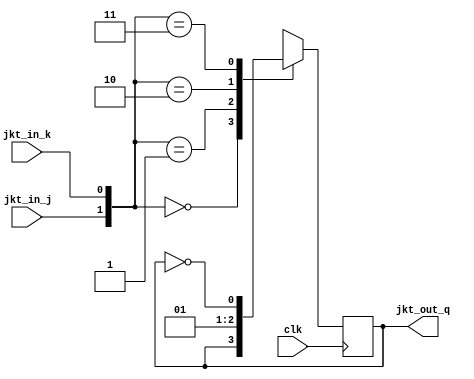
`timescale 1ns / 1ps
//////////////////////////////////////////////////////////////////////////////////
// Company: 
// Engineer: 
// 
// Design Name: 
// Module Name: JK_Trigger
// Project Name: 
// Target Devices: 
// Tool Versions: 
// Description: 
// 
// Dependencies: 
// 
// Revision:
// Revision 0.01 - File Created
// Additional Comments:
// 
//////////////////////////////////////////////////////////////////////////////////


module JK_Trigger(
input clk,
input jkt_in_j,
input jkt_in_k,
output reg jkt_out_q

    );
    always@(posedge clk)
        case({jkt_in_j,jkt_in_k})
            2'd0:jkt_out_q<=jkt_out_q;
            2'd1:jkt_out_q<=1'b0;
            2'd2:jkt_out_q<=1'b1;
            2'd3:jkt_out_q<=~jkt_out_q;
        endcase
endmodule